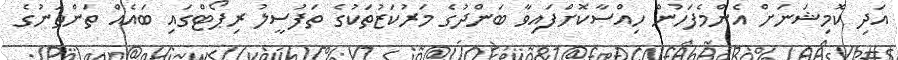
އަދި ކޮމިޝަނަށް އެންމެފަހުން ހިއްސާކޮށްފައިވާ ބަންދުގެ މަރުކަޒުތަކުގެ ތަފުސީލު ރިޕޯޓްގައި ބައެއް ތަންތަނުގެ